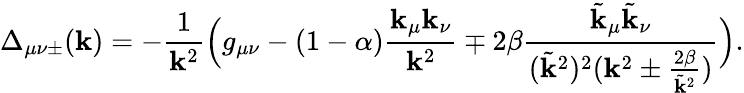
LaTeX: \Delta_{\mu\nu\pm}(\mathbf{k})=-\frac{1}{{\mathbf{k}^{2}}}\Big(g_{\mu\nu}-(1-\alpha)\frac{{\mathbf{k}_{\mu}\mathbf{k}_{\nu}}}{{\mathbf{k}^{2}}}\mp2\beta\frac{{\tilde{{\mathbf{k}}}_{\mu}\tilde{{\mathbf{k}}}_{\nu}}}{{(\tilde{{\mathbf{k}}}^{2})^{2}(\mathbf{k}^{2}\pm\frac{{2\beta}}{{\tilde{{\mathbf{k}}}^{2}}})}}\Big).